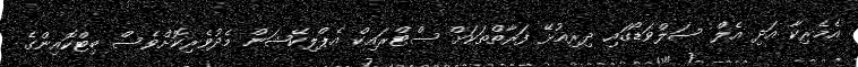
އެމެރިކާ އަދި އެލް ސަލްވަޑޯގައި ދިރިއުޅޭ ފަރާތްތަކަށް ސްޓްރައިކް އެޕްލިކޭޝަން މެދުވެރިކޮށްވެސް ބިޓްކޮއިންގެ